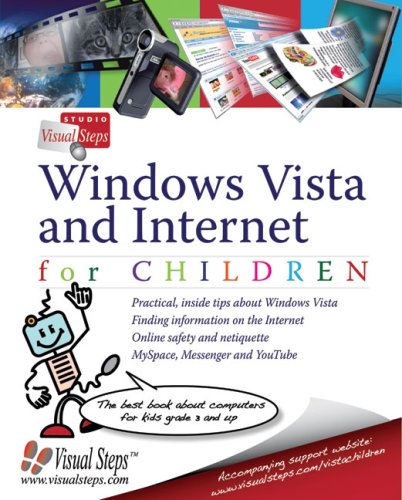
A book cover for Windows Vista and Internet for Children: The Best Book About Computers for Kids Grade 3 and Up (Computer Books for Children); Studio Visual Steps; Children's Books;